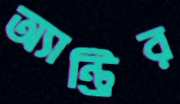
অ্যান্ট্রির